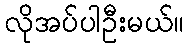
လိုအပ်ပါဦးမယ်။